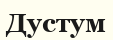
Дустум